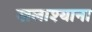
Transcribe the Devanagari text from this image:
खलाश्याना